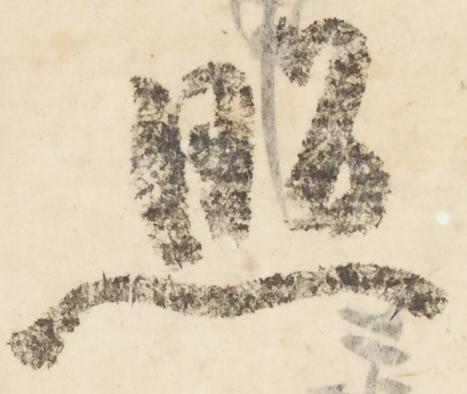
照